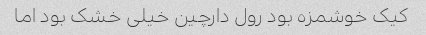
کیک خوشمزه بود رول دارچین خیلی خشک بود اما